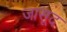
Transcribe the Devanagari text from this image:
जासूद